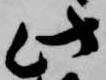
此